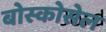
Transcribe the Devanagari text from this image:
बोस्कोसेल